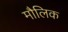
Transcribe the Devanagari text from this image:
माैलिक